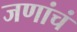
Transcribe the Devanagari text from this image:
जणांचं